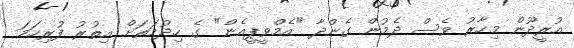
އުރީދޫން މިހާރު ވެސް ދެމުން ގެންދާ "އެމްވީޕީއެން" ގެ ހިދުމަތަށް އިތުރު ފުރިހަމަ